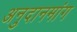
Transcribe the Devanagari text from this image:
अनुदानमांग